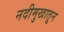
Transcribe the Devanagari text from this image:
नदीमुखातून